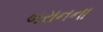
બરાનના